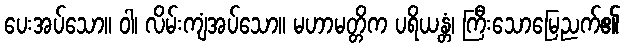
ပေးအပ်သော။ ဝါ၊ လိမ်းကျံအပ်သော။ မဟာမတ္တိက ပရိယန္တံ၊ ကြီးသောမြေညက်၏